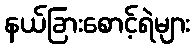
နယ်ခြားစောင့်ရဲများ